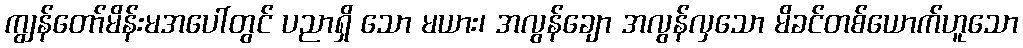
ကျွန်တော်မိန်းမအပေါ်တွင် ပညာရှိ သော မယား၊ အလွန်ချော အလွန်လှသော မိခင်တစ်ယောက်ဟူသော